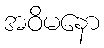
အဝိမနော